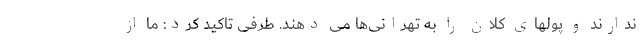
ندارند و پولهای کلان را به تهرانی‌ها می دهند. طرفی تاکید کرد: ما از